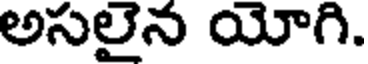
అసలైన యోగి.